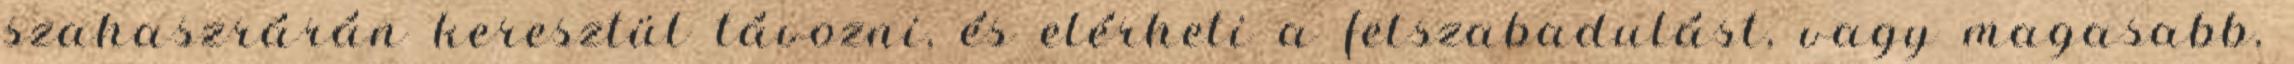
szahaszrárán keresztül távozni, és elérheti a felszabadulást, vagy magasabb,